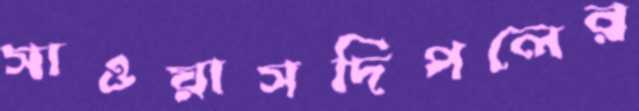
সাওয়াসদিপলের